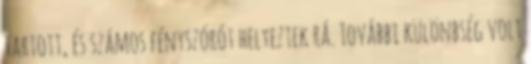
tartott, és számos fényszórót helyeztek rá. További különbség volt